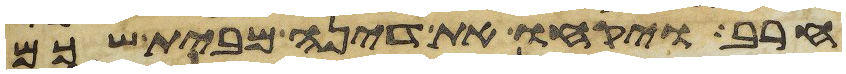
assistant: חרב ויקחו את דינה מבית שכם